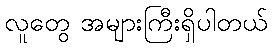
လူတွေ အများကြီးရှိပါတယ်